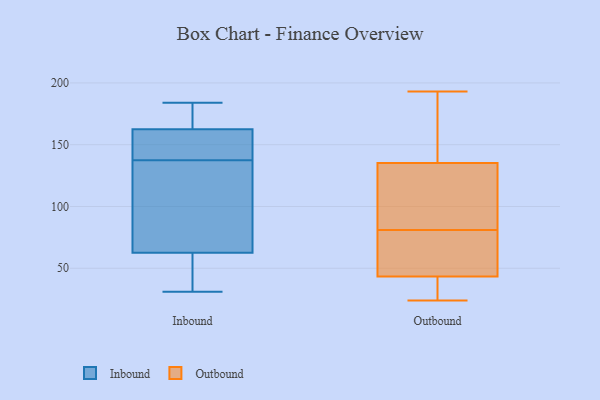
{"axis": {"x": "Backlog", "y": "Value"}, "legend": ["Inbound", "Outbound"], "data": [{"x": "", "y": 147, "type": "Inbound"}, {"x": "", "y": 167, "type": "Inbound"}, {"x": "", "y": 47, "type": "Inbound"}, {"x": "", "y": 164, "type": "Inbound"}, {"x": "", "y": 129, "type": "Inbound"}, {"x": "", "y": 161, "type": "Inbound"}, {"x": "", "y": 87, "type": "Inbound"}, {"x": "", "y": 184, "type": "Inbound"}, {"x": "", "y": 146, "type": "Inbound"}, {"x": "", "y": 76, "type": "Inbound"}, {"x": "", "y": 31, "type": "Inbound"}, {"x": "", "y": 49, "type": "Inbound"}, {"x": "", "y": 59, "type": "Outbound"}, {"x": "", "y": 193, "type": "Outbound"}, {"x": "", "y": 80, "type": "Outbound"}, {"x": "", "y": 81, "type": "Outbound"}, {"x": "", "y": 189, "type": "Outbound"}, {"x": "", "y": 38, "type": "Outbound"}, {"x": "", "y": 96, "type": "Outbound"}, {"x": "", "y": 85, "type": "Outbound"}, {"x": "", "y": 60, "type": "Outbound"}, {"x": "", "y": 109, "type": "Outbound"}, {"x": "", "y": 24, "type": "Outbound"}, {"x": "", "y": 126, "type": "Outbound"}, {"x": "", "y": 163, "type": "Outbound"}, {"x": "", "y": 31, "type": "Outbound"}, {"x": "", "y": 32, "type": "Outbound"}, {"x": "", "y": 45, "type": "Outbound"}, {"x": "", "y": 166, "type": "Outbound"}]}